On the morphology, teratology, and diclinism of the flowers of cannabis - Number 12
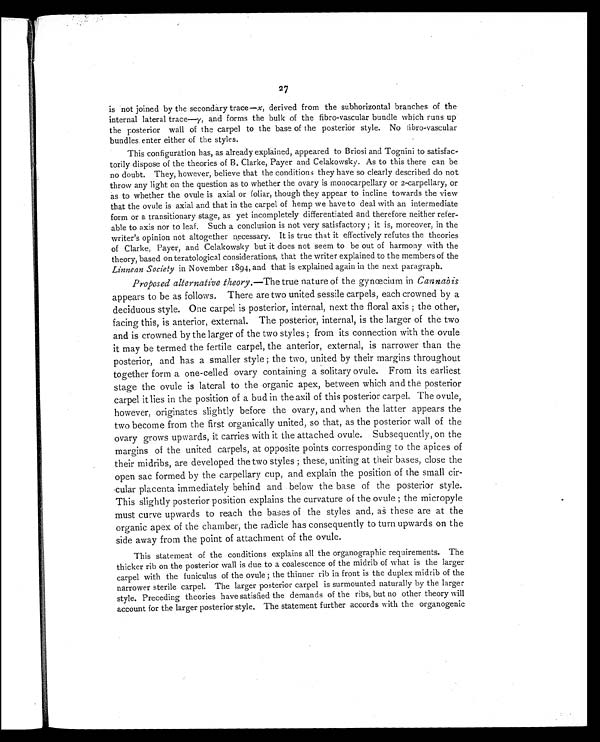
27
is not joined by the secondary trace— х , derived from the subhorizontal branches of the
internal lateral trace—γ, and forms the bulk of the fibro-vascular bundle which runs up
the posterior wall of the carpel to the base of the posterior style. No fibro-vascular
bundles enter either of the styles.
This configuration has, as already explained, appeared to Briosi and Tognini to satisfac-
torily dispose of the theories of B. Clarke, Payer and Celakowsky. As to this there can be
no doubt. They, however, believe that the conditions they have so clearly described do not
throw any light on the question as to whether the ovary is monocarpellary or 2-carpellary, or
as to whether the ovule is axial or foliar, though they appear to incline towards the view
that the ovule is axial and that in the carpel of hemp we have to deal with an intermediate
form or a transitionary stage, as yet incompletely differentiated and therefore neither refer-
able to axis nor to leaf. Such a conclusion is not very satisfactory ; it is, moreover, in the
writer's opinion not altogether necessary. It is true that it effectively refutes the theories
of Clarke, Payer, and Celakowsky but it does not seem to be out of harmony with the
theory, based on teratological considerations, that the writer explained to the members of the
Linnean Society in November 1894, and that is explained again in the next paragraph.
Proposed alternative theory .—The true nature of the gynœcium in Cannabis
appears to be as follows. There are two united sessile carpels, each crowned by a
deciduous style. One carpel is posterior, internal, next the floral axis ; the other,
facing this, is anterior, external. The posterior, internal, is the larger of the two
and is crowned by the larger of the two styles ; from its connection with the ovule
it may be termed the fertile carpel, the anterior, external, is narrower than the
posterior, and has a smaller style ; the two, united by their margins throughout
together form a one-celled ovary containing a solitary ovule. From its earliest
stage the ovule is lateral to the organic apex, between which and the posterior
carpel it lies in the position of a bud in the axil of this posterior carpel. The ovule,
however, originates slightly before the ovary, and when the latter appears the
two become from the first organically united, so that, as the posterior wall of the
ovary grows upwards, it carries with it the attached ovule. Subsequently, on the
margins of the united carpels, at opposite points corresponding to the apices of
their midribs, are developed the two styles ; these, uniting at their bases, close the
open sac formed by the carpellary cup, and explain the position of the small cir-
cular placenta immediately behind and below the base of the posterior style.
This slightly posterior position explains the curvature of the ovule ; the micropyle
must curve upwards to reach the bases of the styles and, as these are at the
organic apex of the chamber, the radicle has consequently to turn upwards on the
side away from the point of attachment of the ovule.
This statement of the conditions explains all the organographic requirements. The
thicker rib on the posterior wall is due to a coalescence of the midrib of what is the larger
carpel with the funiculus of the ovule ; the thinner rib in front is the duplex midrib of the
narrower sterile carpel. The larger posterior carpel is surmounted naturally by the larger
style. Preceding theories have satisfied the demands of the ribs, but no other theory will
account for the larger posterior style. The statement further accords with the organogenic